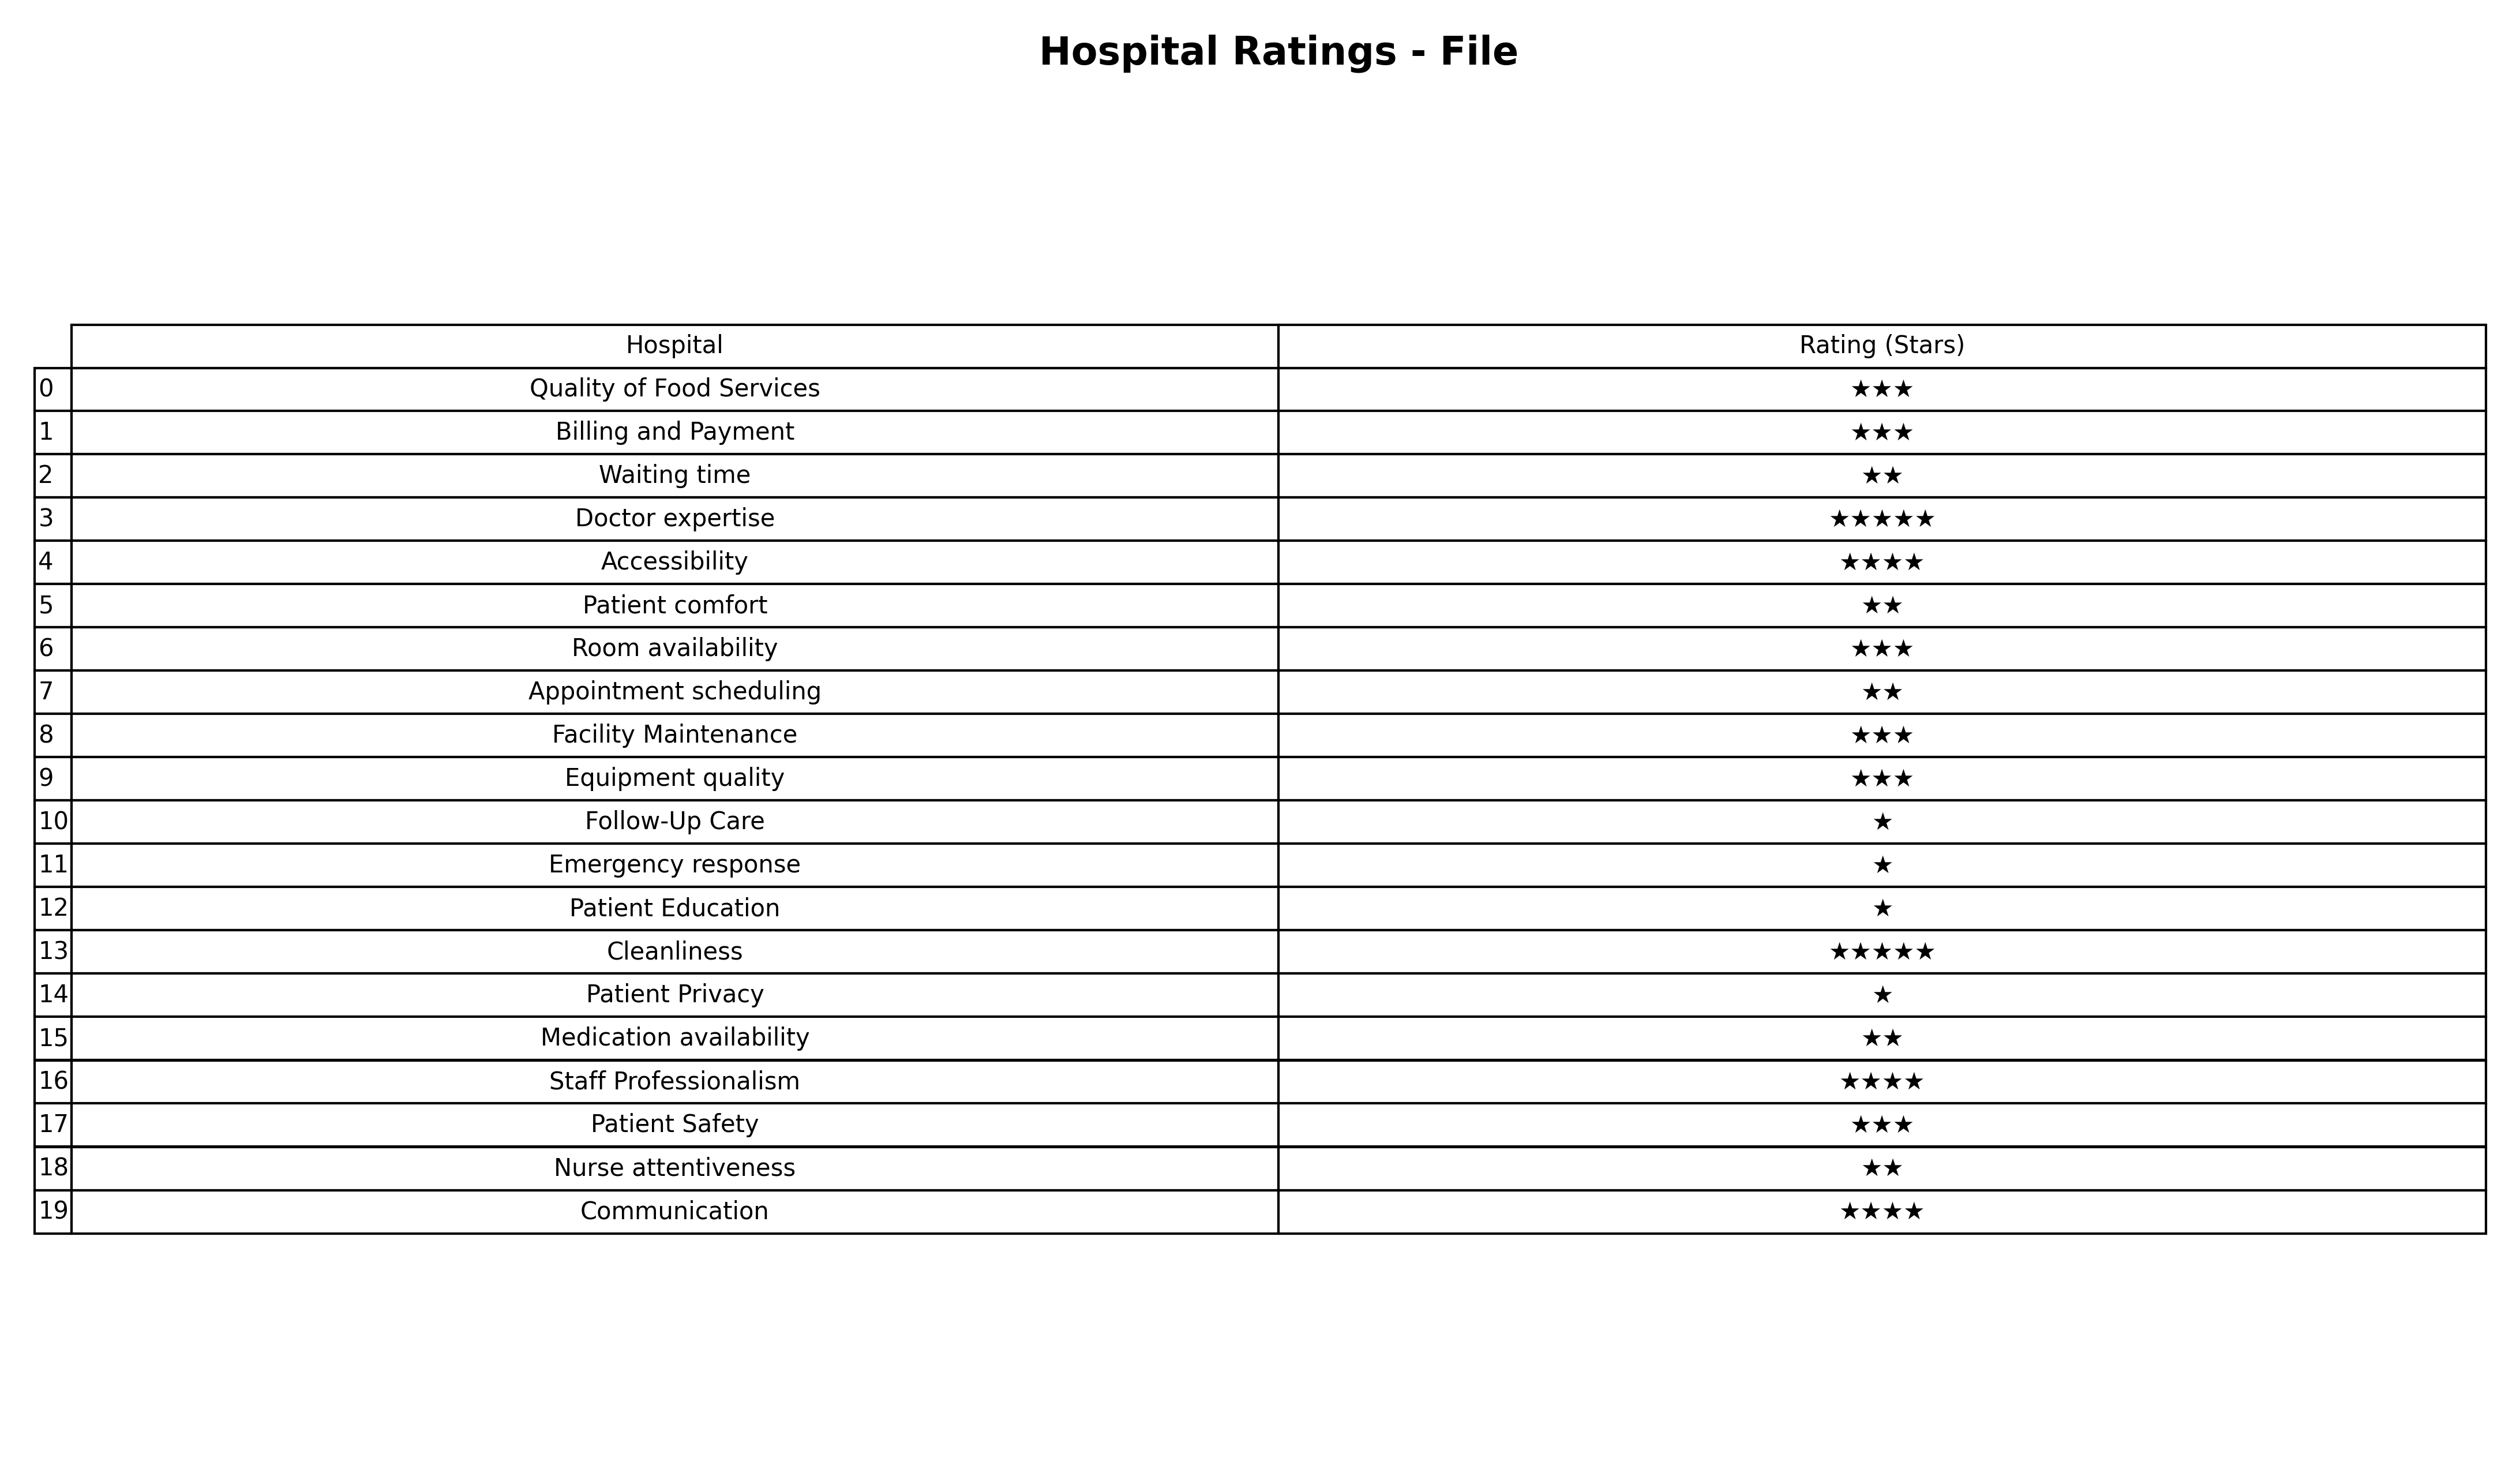
question: What are two star services?
answer: Waiting timePatient comfortAppointment schedulingMedication availabilityNurse attentiveness